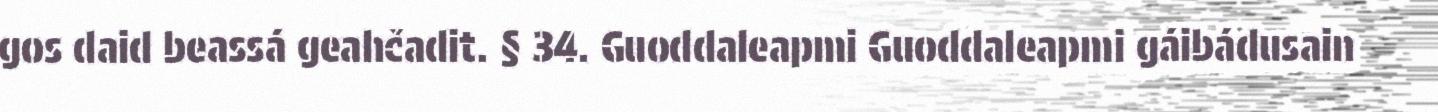
gos daid beassá geahčadit. § 34. Guoddaleapmi Guoddaleapmi gáibádusain